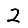
Digit: 2